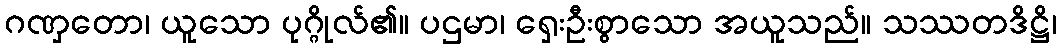
ဂဏှတော၊ ယူသော ပုဂ္ဂိုလ်၏။ ပဌမာ၊ ရှေးဦးစွာသော အယူသည်။ သဿတဒိဋ္ဌိ၊